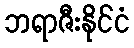
ဘရာဇီးနိုင်ငံ